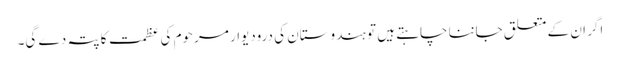
اگر ان کے متعلق جاننا چاہتے ہیں تو ہندوستان کی درودیوار مرحوم کی عظمت کا پتہ دے گی۔